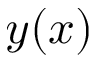
y ( x )